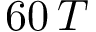
6 0 \, T